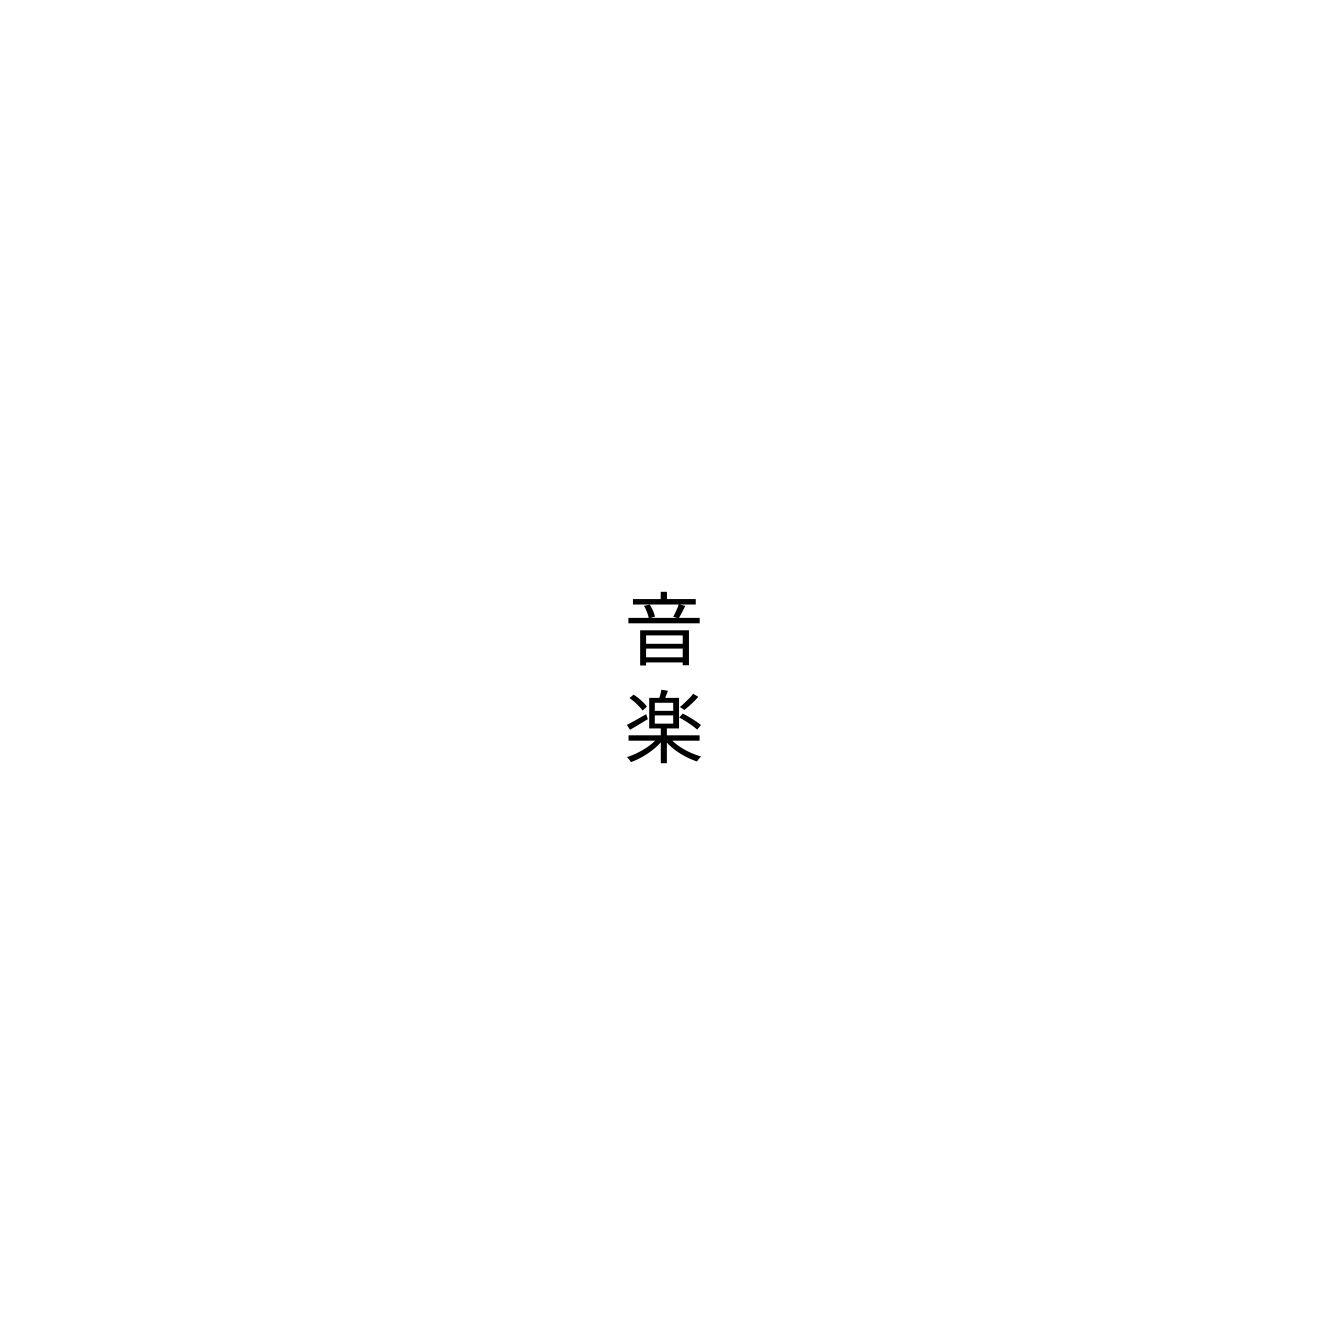
音楽